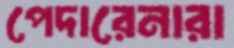
পেদারেনারা